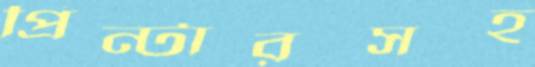
প্রিন্টারসহ